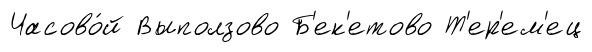
Часово́й Выползово Б'ек'етово Т'ер'ем'ец